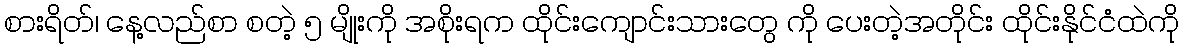
စားရိတ်၊ နေ့လည်စာ စတဲ့ ၅ မျိုးကို အစိုးရက ထိုင်းကျောင်းသားတွေ ကို ပေးတဲ့အတိုင်း ထိုင်းနိုင်ငံထဲကို